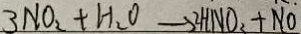
3 N O _ { 2 } + H _ { 2 } O \rightarrow 2 H N O _ { 3 } + N O